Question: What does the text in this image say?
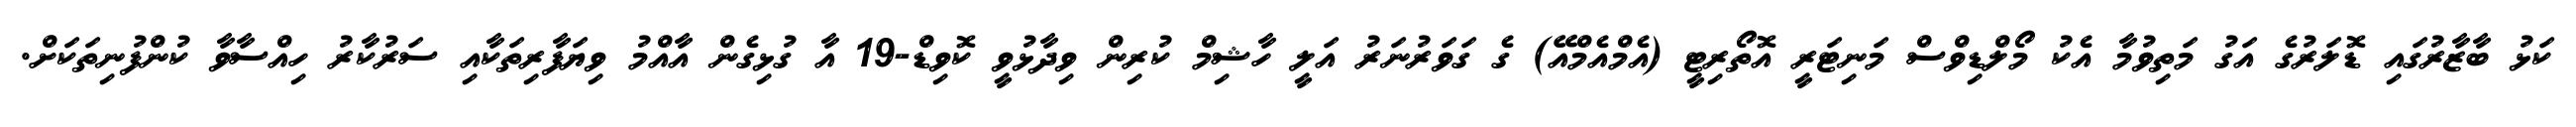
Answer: ކަޅު ބާޒާރުގައި ޑޮލަރުގެ އަގު މަތިވުމާ އެކު މޯލްޑިވްސް މަނިޓަރީ އޮތޯރިޓީ (އެމްއެމްއޭ) ގެ ގަވަރުނަރު އަލީ ހާޝިމް ކުރިން ވިދާޅުވީ ކޮވިޑް-19 އާ ގުޅިގެން އާއްމު ވިޔަފާރިތަކާއި ސަރުކާރު ހިއްސާވާ ކުންފުނިތަކަށް.